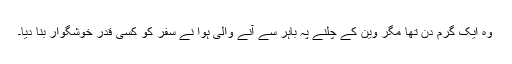
وہ ایک گرم دن تھا مگر وین کے چلنے پہ باہر سے آنے والی ہوا نے سفر کو کسی قدر خوشگوار بنا دیا۔